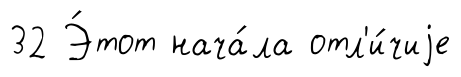
32 Э́тот нача́ла отл'и́чиjе